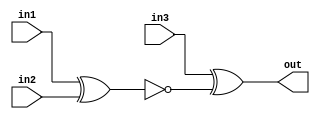
module top_module (
    input in1,
    input in2,
    input in3,
    output out);
    wire w;
    assign w = ~(in1 ^ in2);
    assign out = in3 ^ w;
endmodule